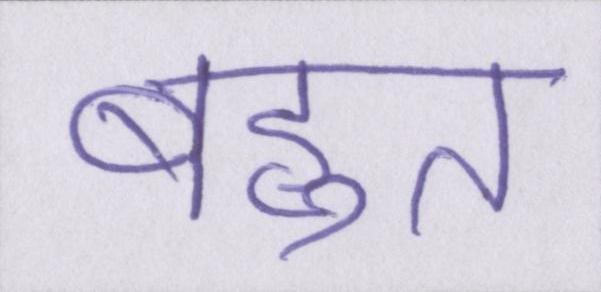
बहुत